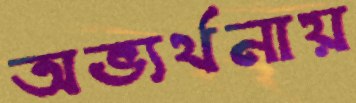
অভ্যর্থনায়